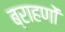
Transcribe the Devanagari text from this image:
ब्राहणों